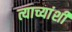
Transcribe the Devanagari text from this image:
त्याच्यांशी